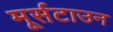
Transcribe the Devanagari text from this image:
मूर्सटाउन